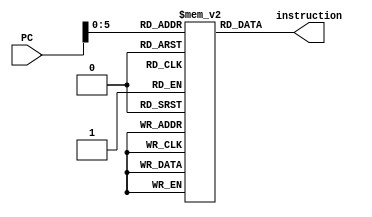
`timescale 1ns/100ps

module InstructionMemory(
    input [31:0] PC,
    output [31:0] instruction
);
    reg [31:0] Memory [63:0];

    integer i;

    initial begin
        /* seta posio 0x5 (registrador) como 0xC (memria) */
        Memory[0] = 32'b00000000110000000010001010000011;
        /* seta register 0x1 como o nmero aleatrio gerado (0x0 da memria) */
        Memory[1] = 32'b00000000000000000010000010000011;
        /* seta register 0x2 como o nmero de tentativas mximo (0x1 da memria) */
        Memory[2] = 32'b00000000000100000010000100000011;
        
        /*
            Bloco para tentativa 1
        */
        /* se 0x2 (tentativas feitas) - 0x0 (0) == 0, nmero de tentativas atual  0 */
        Memory[3] = 32'b00000100000000010000100101100011;
        /* seta register 0x3 (tentativa atual) como a tentativa 1 (0x2 da memria) */
        Memory[4] = 32'b00000000001000000010000110000011;
        /* se 0x1 (senha) - 0x3 (tentativa atual) == 0, tentativa atual esta certa */
        Memory[5] = 32'b00000110001100001000000001100011;
        /* seta registrador 0x2 (tentativas feitas) como 0x2 - 0x5 (posio valendo 1) */
        Memory[6] = 32'b01000000010100010000000100110011;
        
        /*
            Bloco para tentativa 2
        */
        /* se 0x2 (tentativas feitas) - 0x0 (0) == 0, nmero de tentativas atual  0 */
        Memory[7] = 32'b00000100000000010000001101100011;
        /* seta register 0x3 (tentativa atual) como a tentativa 2 (0x3 da memria) */
        Memory[8] = 32'b00000000001100000010000110000011;
        /* se 0x1 (senha) - 0x3 (tentativa atual) == 0, tentativa atual esta certa */
        Memory[9] = 32'b00000100001100001000010001100011;
        /* seta registrador 0x2 (tentativas feitas) como 0x2 - 0x5 (posio valendo 1) */
        Memory[10] = 32'b01000000010100010000000100110011;

        /*
            Bloco para tentativa 3
        */
        /* se 0x2 (tentativas feitas) - 0x0 (0) == 0, nmero de tentativas atual  0 */
        Memory[11] = 32'b00000010000000010000111101100011;
        /* seta register 0x3 (tentativa atual) como a tentativa 3 (0x4 da memria) */
        Memory[12] = 32'b00000000010000000010000110000011;
        /* se 0x1 (senha) - 0x3 (tentativa atual) == 0, tentativa atual esta certa */
        Memory[13] = 32'b00000100001100001000000001100011;
        /* seta registrador 0x2 (tentativas feitas) como 0x2 - 0x5 (posio valendo 1) */
        Memory[14] = 32'b01000000010100010000000100110011;
        

        /*
            Bloco para tentativa 4
        */
        /* se 0x2 (tentativas feitas) - 0x0 (0) == 0, nmero de tentativas atual  0 */
        Memory[15] = 32'b00000010000000010000101101100011;
        /* seta register 0x3 (tentativa atual) como a tentativa 4 (0x5 da memria) */
        Memory[16] = 32'b00000000010100000010000110000011;
        /* se 0x1 (senha) - 0x3 (tentativa atual) == 0, tentativa atual esta certa */
        Memory[17] = 32'b00000010001100001000110001100011;
        /* seta registrador 0x2 (tentativas feitas) como 0x2 - 0x5 (posio valendo 1) */
        Memory[18] = 32'b01000000010100010000000100110011;
        
        /*
            Bloco para tentativa 5
        */
        /* se 0x2 (tentativas feitas) - 0x0 (0) == 0, nmero de tentativas atual  0 */
        Memory[19] = 32'b00000010000000010000011101100011;
        /* seta register 0x3 (tentativa atual) como a tentativa 5 (0x6 da memria) */
        Memory[20] = 32'b00000000011000000010000110000011;
        /* se 0x1 (senha) - 0x3 (tentativa atual) == 0, tentativa atual esta certa */
        Memory[21] = 32'b00000010001100001000100001100011;
        /* seta registrador 0x2 (tentativas feitas) como 0x2 - 0x5 (posio valendo 1) */
        Memory[22] = 32'b01000000010100010000000100110011;
        

        /*
            Bloco para tentativa 6
        */
        /* se 0x2 (tentativas feitas) - 0x0 (0) == 0, nmero de tentativas atual  0 */
        Memory[23] = 32'b00000010000000010000001101100011;
        /* seta register 0x3 (tentativa atual) como a tentativa 6 (0x7 da memria) */
        Memory[24] = 32'b00000000011100000010000110000011;
        /* se 0x1 (senha) - 0x3 (tentativa atual) == 0, tentativa atual esta certa */
        Memory[25] = 32'b00000010001100001000010001100011;
        /* seta registrador 0x2 (tentativas feitas) como 0x2 - 0x5 (posio valendo 1) */
        Memory[26] = 32'b01000000010100010000000100110011;
        
        /*
            Bloco para tentativa 7
        */
        /* se 0x2 (tentativas feitas) - 0x0 (0) == 0, nmero de tentativas atual  0 */
        Memory[27] = 32'b00000000000000010000111101100011;
        /* seta register 0x3 (tentativa atual) como a tentativa 7 (0x8 da memria) */
        Memory[28] = 32'b00000000100000000010000110000011;
        /* se 0x1 (senha) - 0x3 (tentativa atual) == 0, tentativa atual esta certa */
        Memory[29] = 32'b00000010001100001000000001100011;
        /* seta registrador 0x2 (tentativas feitas) como 0x2 - 0x5 (posio valendo 1) */
        Memory[30] = 32'b01000000010100010000000100110011;
        
        /*
            Bloco para tentativa 8
        */
        /* se 0x2 (tentativas feitas) - 0x0 (0) == 0, nmero de tentativas atual  0 */
        Memory[31] = 32'b00000000000000010000101101100011;
        /* seta register 0x3 (tentativa atual) como a tentativa 8 (0x9 da memria) */
        Memory[32] = 32'b00000000100100000010000110000011;
        /* se 0x1 (senha) - 0x3 (tentativa atual) == 0, tentativa atual esta certa */
        Memory[33] = 32'b00000000001100001000110001100011;
        /* seta registrador 0x2 (tentativas feitas) como 0x2 - 0x5 (posio valendo 1) */
        Memory[34] = 32'b01000000010100010000000100110011;

        /*
            Bloco para tentativa 9
        */
        /* se 0x2 (tentativas feitas) - 0x0 (0) == 0, nmero de tentativas atual  0 */
        Memory[35] = 32'b00000000000000010000011101100011;
        /* seta register 0x3 (tentativa atual) como a tentativa 9 (0xA da memria) */
        Memory[36] = 32'b00000000101000000010000110000011;
        /* se 0x1 (senha) - 0x3 (tentativa atual) == 0, tentativa atual esta certa */
        Memory[37] = 32'b00000000001100001000100001100011;
        /* seta registrador 0x2 (tentativas feitas) como 0x2 - 0x5 (posio valendo 1) */
        Memory[38] = 32'b01000000010100010000000100110011;

        /*
            Bloco para tentativa 10
        */
        /* se 0x2 (tentativas feitas) - 0x0 (0) == 0, nmero de tentativas atual  0 */
        Memory[39] = 32'b00000000000000010000001101100011;
        /* seta register 0x3 (tentativa atual) como a tentativa 10 (0xB da memria) */
        Memory[40] = 32'b00000000101100000010000110000011;
        /* se 0x1 (senha) - 0x3 (tentativa atual) == 0, tentativa atual esta certa */
        Memory[41] = 32'b00000000001100001000010001100011;
        /* seta registrador 0x2 (tentativas feitas) como 0x2 - 0x5 (posio valendo 1) */
        Memory[42] = 32'b01000000010100010000000100110011;
        
        /* chega aqui caso tenham sido feitas todas as tentativas e nenhuma correta */
        /* seta memoria 0xD (resultado) como 0x0 (register nulo) (resposta errada) */
        Memory[43] = 32'b00000000000000000010011010100011;
        /* salta para o final do programa */
        Memory[44] = 32'b00000000000000000000001101100011;
        
        /* seta memoria 0xD (resultado) como 0x5 (register valendo 1) (resposta certa) */
        Memory[45] = 32'b00000000010100000010011010100011;
        /* coloca no registrador 0x4 o resultado do jogo */
        Memory[46] = 32'b00000000110100000010001000000011;
        /* termina o programa travando o PC */
        Memory[47] = 32'b00000000000000000000000001100011;

        for (i = 48; i < 64; i = i + 1) begin
            Memory[i] = 32'b0;
        end
    end
    
    assign instruction = Memory[PC];
endmodule